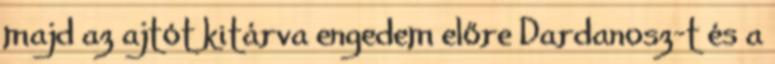
majd az ajtót kitárva engedem előre Dardanosz-t és a